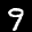
Label: 9